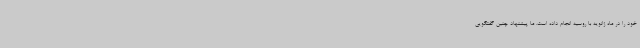
خود را در ماه ژانویه با روسیه انجام داده است. ما پیشنهاد چنین گفتگویی